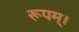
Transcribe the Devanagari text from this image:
रूपम्।